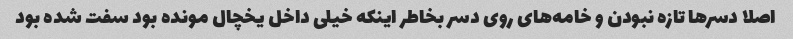
اصلا دسرها تازه نبودن و خامه‌های روی دسر بخاطر اینکه خیلی داخل یخچال مونده بود سفت شده بود